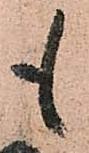
も